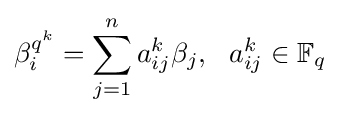
\beta _{i}^{q^{k}}=\sum _{j=1}^{n}a_{ij}^{k}\beta _{j},\ \ a_{ij}^{k}\in \mathbb {F} _{q}